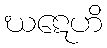
ဃဋေဟိ